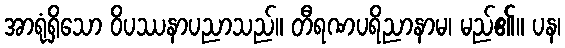
အာရုံရှိသော ဝိပဿနာပညာသည်။ တီရဏပရိညာနာမ၊ မည်၏။ ပန၊